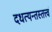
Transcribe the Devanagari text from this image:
दधत्यन्तस्तत्त्वं